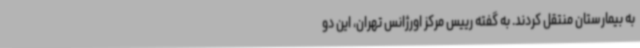
به بیمارستان منتقل کردند. به گفته رییس مرکز اورژانس تهران، این دو